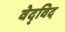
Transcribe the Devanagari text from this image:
वेद्‍विद